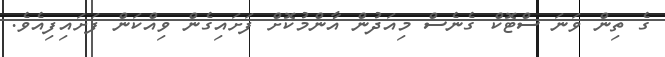
ގެ ތިން ވަނަ ސްޓޮކް ގެނެސް މިއަދުން އާންމުކޮށް ފަށައިގެން ވިއްކަން ފަށައިފިއެވެ.